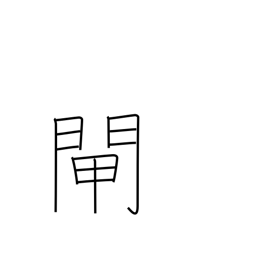
Meaning: water gate